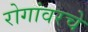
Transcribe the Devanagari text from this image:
रोगांवरचे